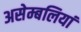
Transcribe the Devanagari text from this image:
असेम्बलियां